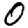
Digit: 0